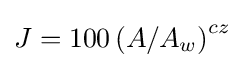
J=100\left(A/A_{w}\right)^{cz}